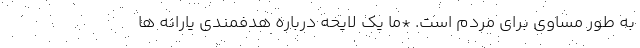
به طور مساوی برای مردم است. *ما یک لایحه درباره هدفمندی یارانه ها